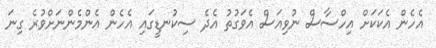
އެހެން އެކަކަށް އިހްސާސް ނުވިއަސް އެވަގުތު އެދެ ސިކުނޑީގައި އެހެން އެންމެންނަށްވުރެ ގިނަ